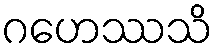
ဂဟေဿသိ